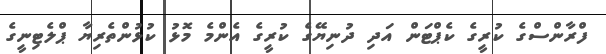
ފްރާންސްގެ ކުރީގެ ކެޕްޓަން އަދި ދުނިޔޭގެ ކުރީގެ އެންމެ މޮޅު ކުޅުންތެރިޔާ ޕްލެޓިނީގެ